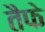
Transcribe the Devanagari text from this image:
तैफे